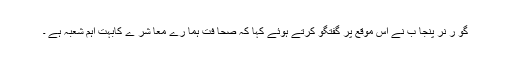
گو ر نر پنجا ب نے اس موقع پر گفتگو کرتے ہوئے کہا کہ صحا فت ہما رے معا شر ے کابہت اہم شعبہ ہے ۔